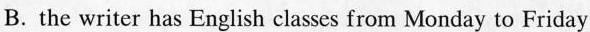
B.the writer has English classes from Monday to Friday